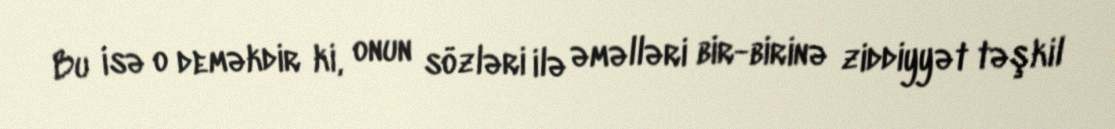
Bu isə o deməkdir ki, onun sözləri ilə əməlləri bir-birinə ziddiyyət təşkil